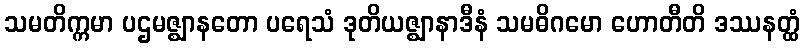
သမတိက္ကမာ ပဌမဇ္ဈာနတော ပရေသံ ဒုတိယဇ္ဈာနာဒီနံ သမဓိဂမော ဟောတီတိ ဒဿနတ္ထံ